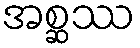
အစ္ဆဿ